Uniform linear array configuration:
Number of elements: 48
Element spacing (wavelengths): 0.75
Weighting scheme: exponential
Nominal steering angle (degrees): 15
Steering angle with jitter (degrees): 14.027
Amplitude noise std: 0.05
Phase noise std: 0.05

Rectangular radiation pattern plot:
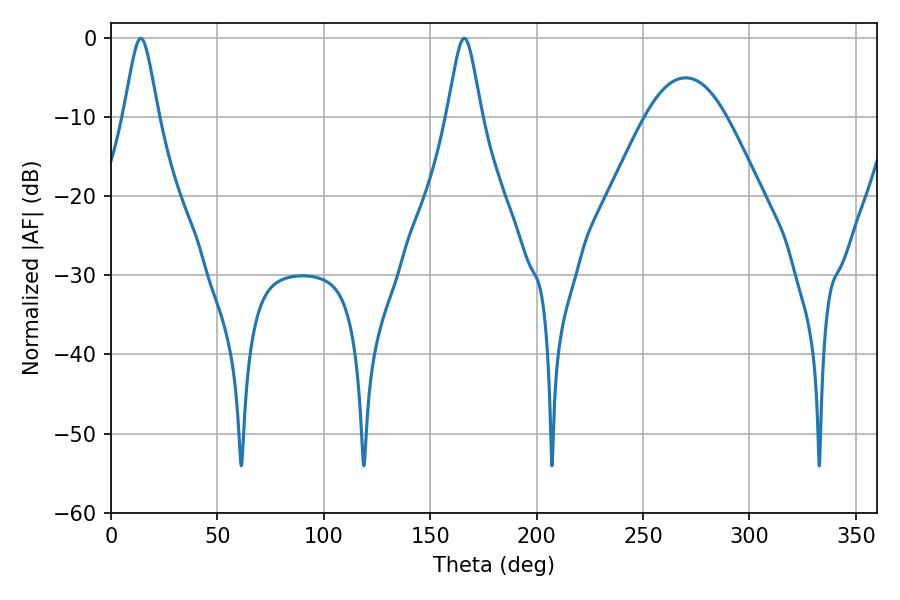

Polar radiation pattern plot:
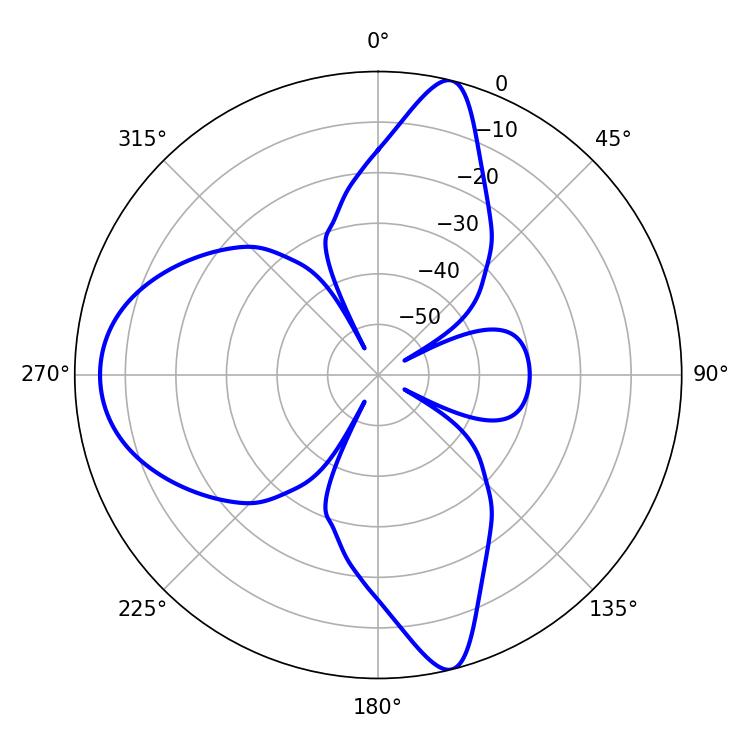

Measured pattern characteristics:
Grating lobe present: TRUE
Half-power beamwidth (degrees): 7.92
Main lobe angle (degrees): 14.04